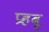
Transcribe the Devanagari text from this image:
प्रहबू